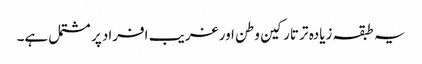
یہ طبقہ زیادہ تر تارکین وطن اور غریب افراد پر مشتمل ہے۔